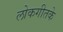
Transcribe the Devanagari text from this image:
लोकगीतके